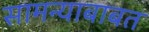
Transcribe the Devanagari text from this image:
सामन्याबाबत